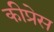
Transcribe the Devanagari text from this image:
कीप्रेस